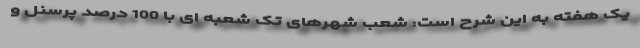
یک هفته به این شرح است: شعب شهرهای تک شعبه ای با 100 درصد پرسنل و